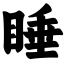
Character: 睡